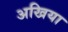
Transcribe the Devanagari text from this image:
अखिया